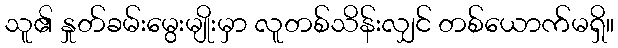
သူ၏ နှုတ်ခမ်းမွေးမျိုးမှာ လူတစ်သိန်းလျှင် တစ်ယောက်မရှိ။